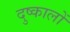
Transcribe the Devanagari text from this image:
दुष्कालों